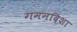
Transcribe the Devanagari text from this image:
गमनदिशा